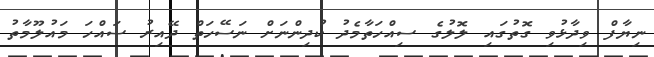
ނިޔާފް ވިދާޅުވި ގޮތުގައި ލޮލުގެ ސިއްހަތާމެދު ކުދިންނަށް ނަސޭހަތް ދޭއިރު ސައްހަ މައުލޫމާތު